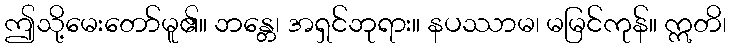
ဤသို့မေးတော်မူ၏။ ဘန္တေ၊ အရှင်ဘုရား။ နပဿာမ၊ မမြင်ကုန်။ ဣတိ၊